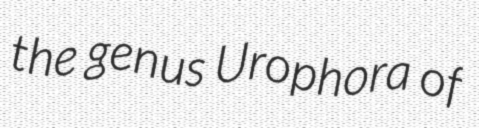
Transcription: the genus Urophora of